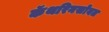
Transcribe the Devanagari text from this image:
कॅथरिनसोबत